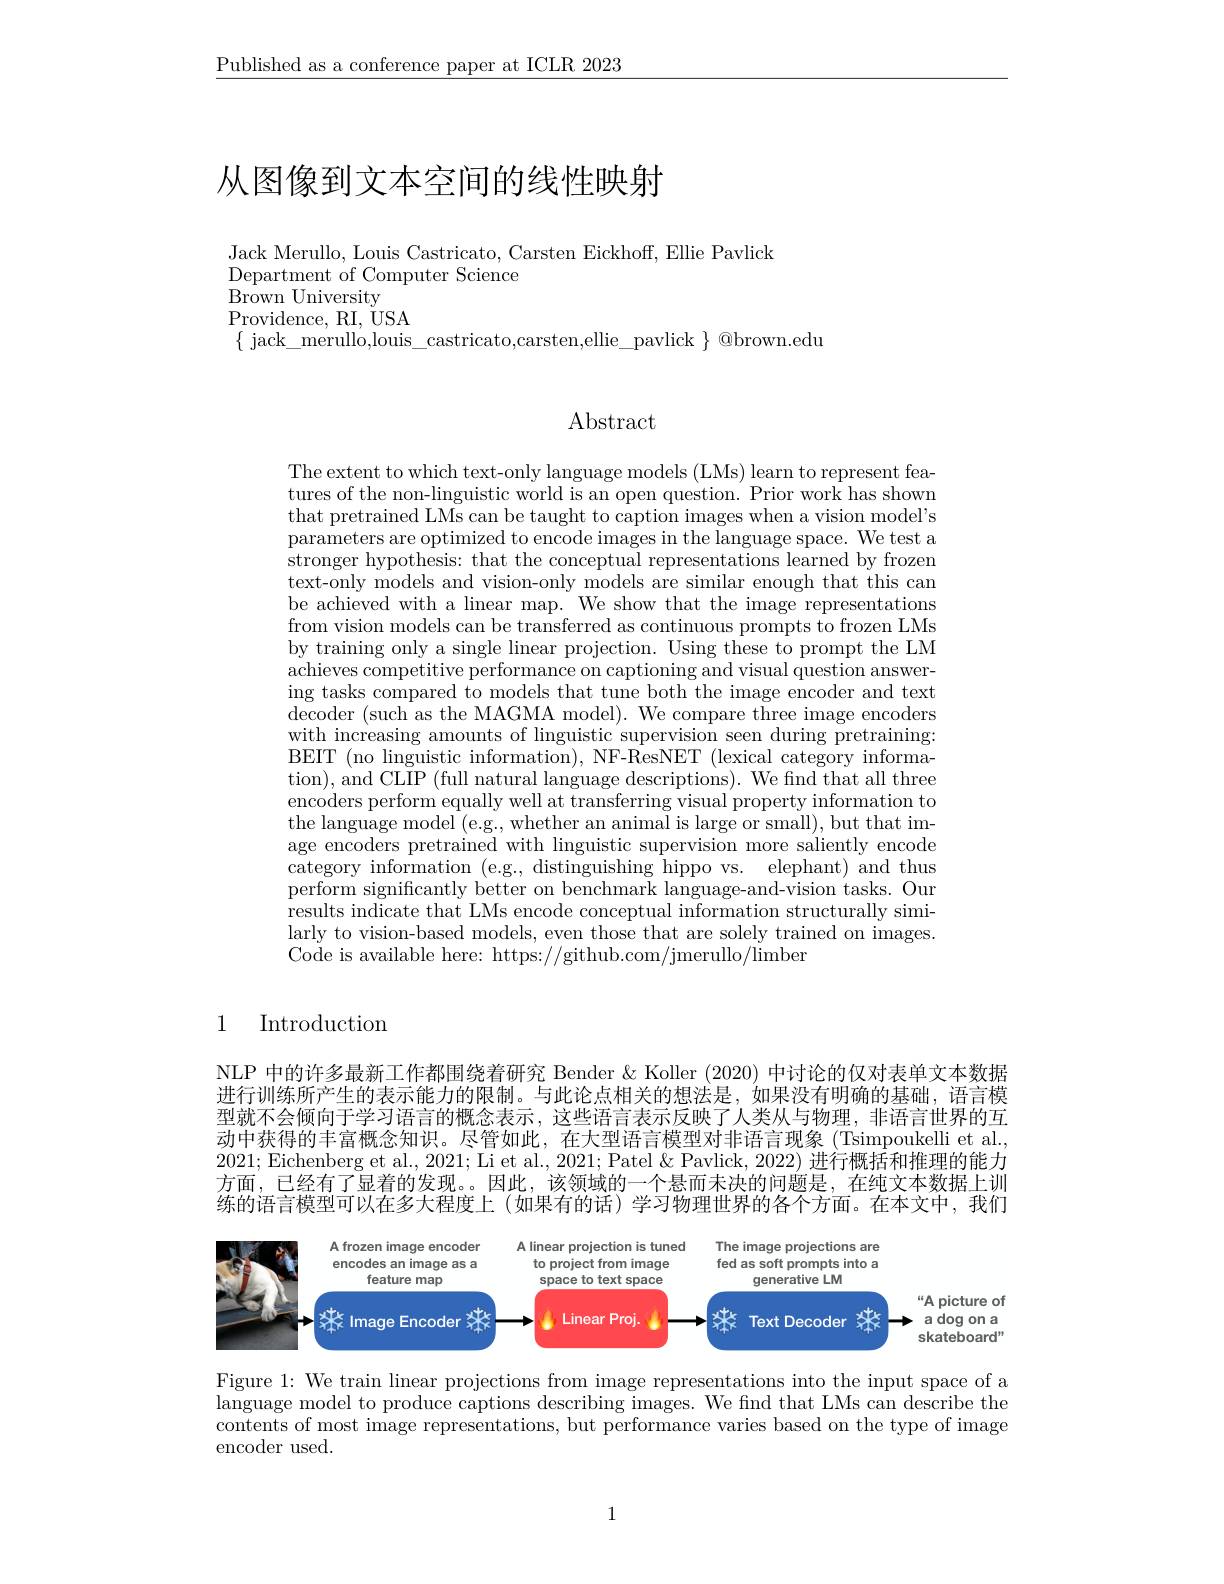
$\underline{\text{Published as a conference paper at ICLR 2023}}$

# 从图像到文本空间的线性映射

Jack Merullo, Louis Castricato, Carsten Eickhoff, Ellie Pavlick
$\mathop{\mathrm{Department~of~Computer~Science}}$
Brown University

Providence, RI, $\bar{U}$SA
$\{$ jack\_ merullo,louis\_ castricato,carsten,ellie\_pavlick $\}$ @brown.edu

Abstract

The extent to which text-only language models (LMs) learn to represent features of the non-linguistic world is an open question. Prior work has shown that pretrained LMs can be taught to caption images when a vision model's parameters are optimized to encode images in the language space. We test a stronger hypothesis: that the conceptual representations learned by frozen text-only models and vision-only models are similar enough that this can be achieved with a linear map. We show that the image representations from vision models can be transferred as continuous prompts to frozen LMs by training only a single linear projection. Using these to prompt the LM achieves competitive performance on captioning and visual question answering tasks compared to models that tune both the image encoder and text decoder ( such as the MAGMA model) . We compare three image encoders with increasing amounts of linguistic supervision seen during pretraining: BEIT (no linguistic information), NF-ResNET (lexical category information), and CLIP (full natural language descriptions). We find that all three encoders perform equally well at transferring visual property information to the language model (e.g., whether an animal is large or small), but that image encoders pretrained with linguistic supervision more saliently encode $\bar{\text{category information (e.g., distinguishing hippo vs.}}$elephant)and thus perform significantly better on benchmark language-and-vision tasks. Our results indicate that LMs encode conceptual information structurally similarly to vision-based models, even those that are solely trained on images. Code is available here: https://github.com/jmerullo/limber

1 Introduction

NLP 中的许多最新工作都围绕着研究 Bender & Koller (2020) 中讨论的仅对表单文本数据进行训练所产生的表示能力的限制。与此论点相关的想法是，如果没有明确的基础，语言模型就不会倾向于学习语言的概念表示，这些语言表示反映了人类从与物理，非语言世界的互动中获得的丰富概念知识。尽管如此，在大型语言模型对非语言现象(Tsimpoukelli et al. 2021; Eichenberg et al., 2021; Li et al., 2021; Patel & Pavlick, 2022) 进行概括和推理的能力方面，已经有了显着的发现。因此，该领域的一个悬而未决的问题是，在纯文本数据上训练的语言模型可以在多大程度上 (如果有的话)学习物理世界的各个方面。在本文中，我们

<FigureHere>

ona

Figure 1: We train linear projections from image representations into the input space of a language model to produce captions describing images. We find that LMs can describe the contents of most image representations, but performance varies based on the type of image encoder used.

1